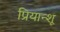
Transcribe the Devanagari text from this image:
प्रियान्शू